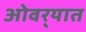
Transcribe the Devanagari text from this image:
ओवर्‍यात